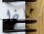
ماذا